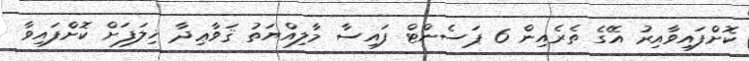
ކޮށްފައިވާއިރު އޭގެ ތެރެއިން 6 ޕަސެންޓް ފައިސާ މާލިއްޔަތު ޤަވާޢިދާ ޚިލަފަށް ކޮށްފައިވާ